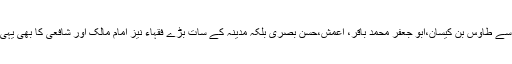
تابعین میں سے طاؤس بن کیسان،ابو جعفر محمد باقر، اعمش،حسن بصری بلکہ مدینہ کے سات بڑے فقہاء نیز امام مالک اور شافعی کا بھی یہی مذہب ہے۔